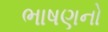
ભાષણનો